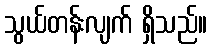
သွယ်တန်းလျက် ရှိသည်။